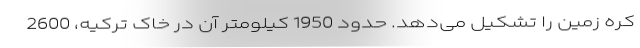
کره زمین را تشکیل می‌دهد. حدود 1950 کیلومتر آن در خاک ترکیه، 2600